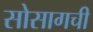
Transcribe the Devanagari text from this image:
सोसागची